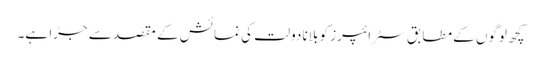
کچھ لوگوں کے مطابق سٹرائپرز کو بلانا دولت کی نمائش کے مقصد سے جڑا ہے۔